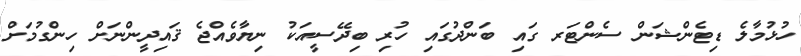
ހުޅުމާލެ ޑިޓެންޝަން ސެންޓަރ ގައި ބަންދުގައި ހުރި ބިދޭސީއަކު ނިޔާވެއްޖެ ޤައިދީންނަށް ހިންގުމަށް